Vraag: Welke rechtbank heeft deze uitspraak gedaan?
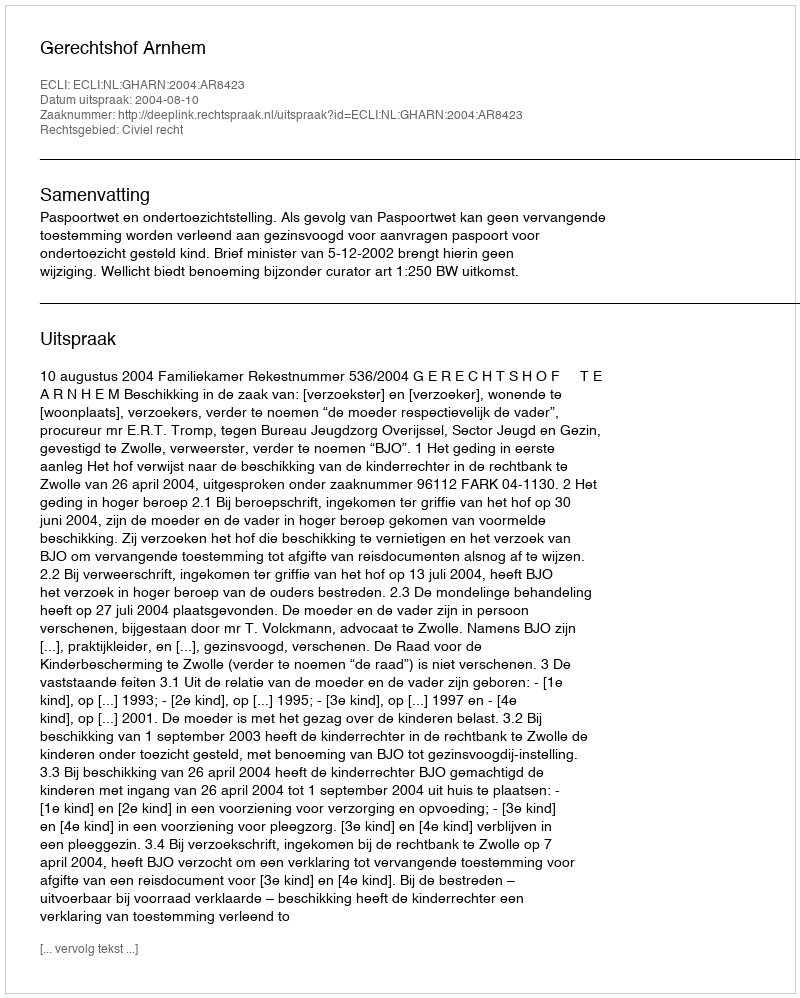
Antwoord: Gerechtshof Arnhem